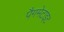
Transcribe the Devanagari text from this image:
पैगमेटाइट